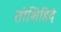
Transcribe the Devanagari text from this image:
तोशिहिदे